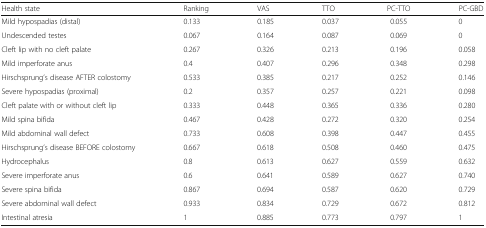
| Health state | Ranking | VAS | TTO | PC-TTO | PC-GBD |
 | --- | --- | --- | --- | --- | --- |
 | Mild hypospadias (distal) | 0.133 | 0.185 | 0.037 | 0.055 | 0 |
 | Undescended testes | 0.067 | 0.164 | 0.087 | 0.069 | 0 |
 | Cleft lip with no cleft palate | 0.267 | 0.326 | 0.213 | 0.196 | 0.058 |
 | Mild imperforate anus | 0.4 | 0.407 | 0.296 | 0.348 | 0.298 |
 | Hirschsprung’s disease AFTER colostomy | 0.533 | 0.385 | 0.217 | 0.252 | 0.146 |
 | Severe hypospadias (proximal) | 0.2 | 0.357 | 0.257 | 0.221 | 0.098 |
 | Cleft palate with or without cleft lip | 0.333 | 0.448 | 0.365 | 0.336 | 0.280 |
 | Mild spina bifida | 0.467 | 0.428 | 0.272 | 0.320 | 0.254 |
 | Mild abdominal wall defect | 0.733 | 0.608 | 0.398 | 0.447 | 0.455 |
 | Hirschsprung’s disease BEFORE colostomy | 0.667 | 0.618 | 0.508 | 0.460 | 0.475 |
 | Hydrocephalus | 0.8 | 0.613 | 0.627 | 0.559 | 0.632 |
 | Severe imperforate anus | 0.6 | 0.641 | 0.589 | 0.627 | 0.740 |
 | Severe spina bifida | 0.867 | 0.694 | 0.587 | 0.620 | 0.729 |
 | Severe abdominal wall defect | 0.933 | 0.834 | 0.729 | 0.672 | 0.812 |
 | Intestinal atresia | 1 | 0.885 | 0.773 | 0.797 | 1 |